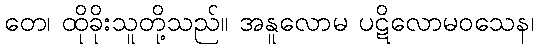
တေ၊ ထိုခိုးသူတို့သည်။ အနူလောမ ပဋိလောမဝသေန၊